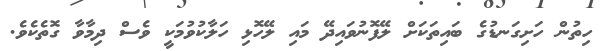
ހިތުން ހަށިގަނޑުގެ ބައިތަކަށް ލޭފޮނުވައިދޭ މައި ލޭހޮޅި ހަލާކުވުމަކީ ވެސް ދިމާވާ ގޮތެކެވެ.